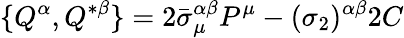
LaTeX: \{ Q^{\alpha},Q^{*\beta}\} =2\bar{\sigma}_{\mu}^{\alpha\beta}P^{\mu}-(\sigma_{2})^{\alpha\beta}2C